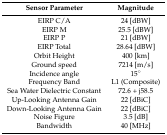
<table><thead><tr><td><b>Sensor Parameter</b></td><td><b>Magnitude</b></td></tr></thead><tbody><tr><td>EIRP C/A</td><td>24 [dBW]</td></tr><tr><td>EIRP M</td><td>25.5 [dBW]</td></tr><tr><td>EIRP P</td><td>21 [dBW]</td></tr><tr><td>EIRP Total</td><td>28.64 [dBW]</td></tr><tr><td>Orbit Height</td><td>400 [km]</td></tr><tr><td>Ground speed</td><td>7214 [m/s]</td></tr><tr><td>Incidence angle</td><td>15°</td></tr><tr><td>Frequency Band</td><td>L1 (Composite)</td></tr><tr><td>Sea Water Dielectric Constant</td><td>72.6 + j58.5</td></tr><tr><td>Up-Looking Antenna Gain</td><td>22 [dBiC]</td></tr><tr><td>Down-Looking Antenna Gain</td><td>22 [dBiC]</td></tr><tr><td>Noise Figure</td><td>3.5 [dB]</td></tr><tr><td>Bandwidth</td><td>40 [MHz]</td></tr></tbody></table>